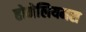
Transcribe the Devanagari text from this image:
होमेलियमस